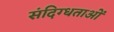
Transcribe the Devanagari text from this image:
संदिग्धताओं